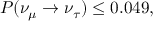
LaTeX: P ( \nu _ { \mu } \rightarrow \nu _ { \tau } ) \leq 0 . 0 4 9 ,